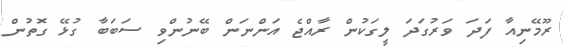
ރޫމޭނިއާ ފަދަ ވަރުގަދަ ލީގަކުން ރާއްޖެ އަންނަން ބޭނުންވި ސަބަބާ ގުޅޭ ގޮތުން